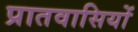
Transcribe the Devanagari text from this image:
प्रातवासियों